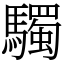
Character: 䮷